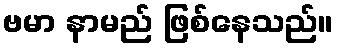
ဗမာ နာမည် ဖြစ်နေသည်။